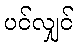
ပင်လျှင်